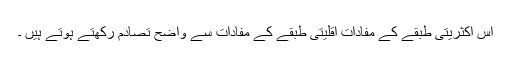
اس اکثریتی طبقے کے مفادات اقلیتی طبقے کے مفادات سے واضح تصادم رکھتے ہوتے ہیں ۔